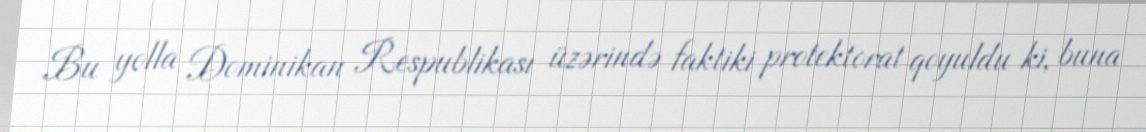
Bu yolla Dominikan Respublikası üzərində faktiki protektorat qoyuldu ki, buna